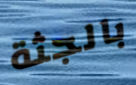
بالجثة